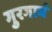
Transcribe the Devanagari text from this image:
गुरगावं